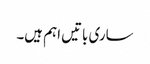
ساری باتیں اہم ہیں۔